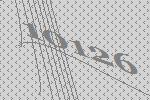
10126